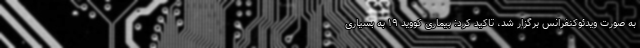
به صورت ویدئوکنفرانس برگزار شد، تاکید کرد: بیماری کووید ۱۹ به بسیاری